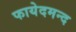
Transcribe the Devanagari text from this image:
फायेदमन्द